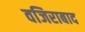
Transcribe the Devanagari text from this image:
वजिराबाद